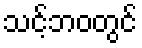
သင့်ဘဝတွင်